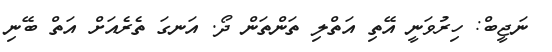
ނަޖީބް: ހިރުވަނީ އޭތި އަތްލި ތަންތަން ދޯ. އަނގަ ތެރެއަށް އަތް ބޭނި